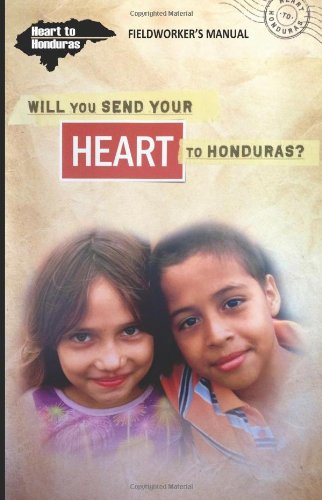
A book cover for Heart to Honduras Fieldworker's Manual; Heart to Honduras; Travel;